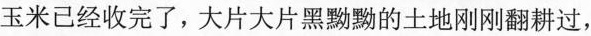
玉米已经收完了，大片大片黑黝黝的土地刚刚翻耕过，